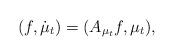
LaTeX: \begin{align*}(f, \dot \mu_t) = (A_{\mu_t}f,\mu_t),\end{align*}